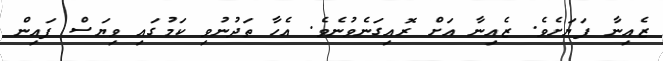
ޒެއިނާ ފަޔަށެވެ. ޒެއިނާ އަށް ރޮއިގަނެވުނެވެ. އެހާ ތަދުނުވި ކަމުގައި ވިޔަސް ފައިން